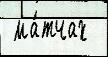
 ма́тчах